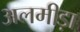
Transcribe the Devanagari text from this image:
अलमीड़ा